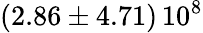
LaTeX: \left(2.86\pm 4.71\right)\, 10^{8}